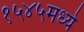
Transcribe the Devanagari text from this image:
१५४५मध्ये